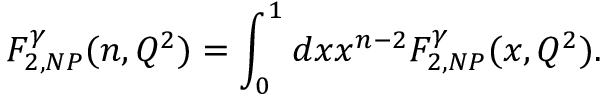
F _ { 2 , N P } ^ { \gamma } ( n , Q ^ { 2 } ) = \int _ { 0 } ^ { 1 } d x x ^ { n - 2 } F _ { 2 , N P } ^ { \gamma } ( x , Q ^ { 2 } ) .